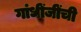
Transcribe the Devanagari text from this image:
गांधींजींची